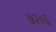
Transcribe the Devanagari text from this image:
७२०६